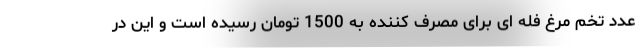
عدد تخم مرغ فله ای برای مصرف کننده به 1500 تومان رسیده است و این در